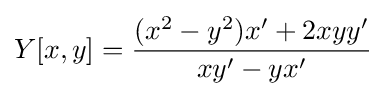
Y[x,y]={\frac {(x^{2}-y^{2})x'+2xyy'}{xy'-yx'}}